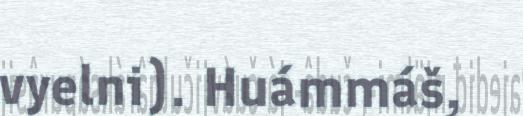
vyelni). Huámmáš,